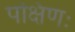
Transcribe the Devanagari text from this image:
पक्षिणः